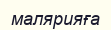
малярияға